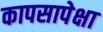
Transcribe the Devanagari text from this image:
कापसापेक्षा